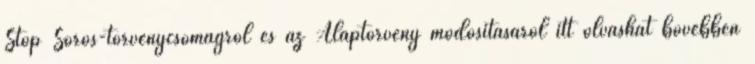
Stop Soros-törvénycsomagról és az Alaptörvény módosításáról itt olvashat bővebben